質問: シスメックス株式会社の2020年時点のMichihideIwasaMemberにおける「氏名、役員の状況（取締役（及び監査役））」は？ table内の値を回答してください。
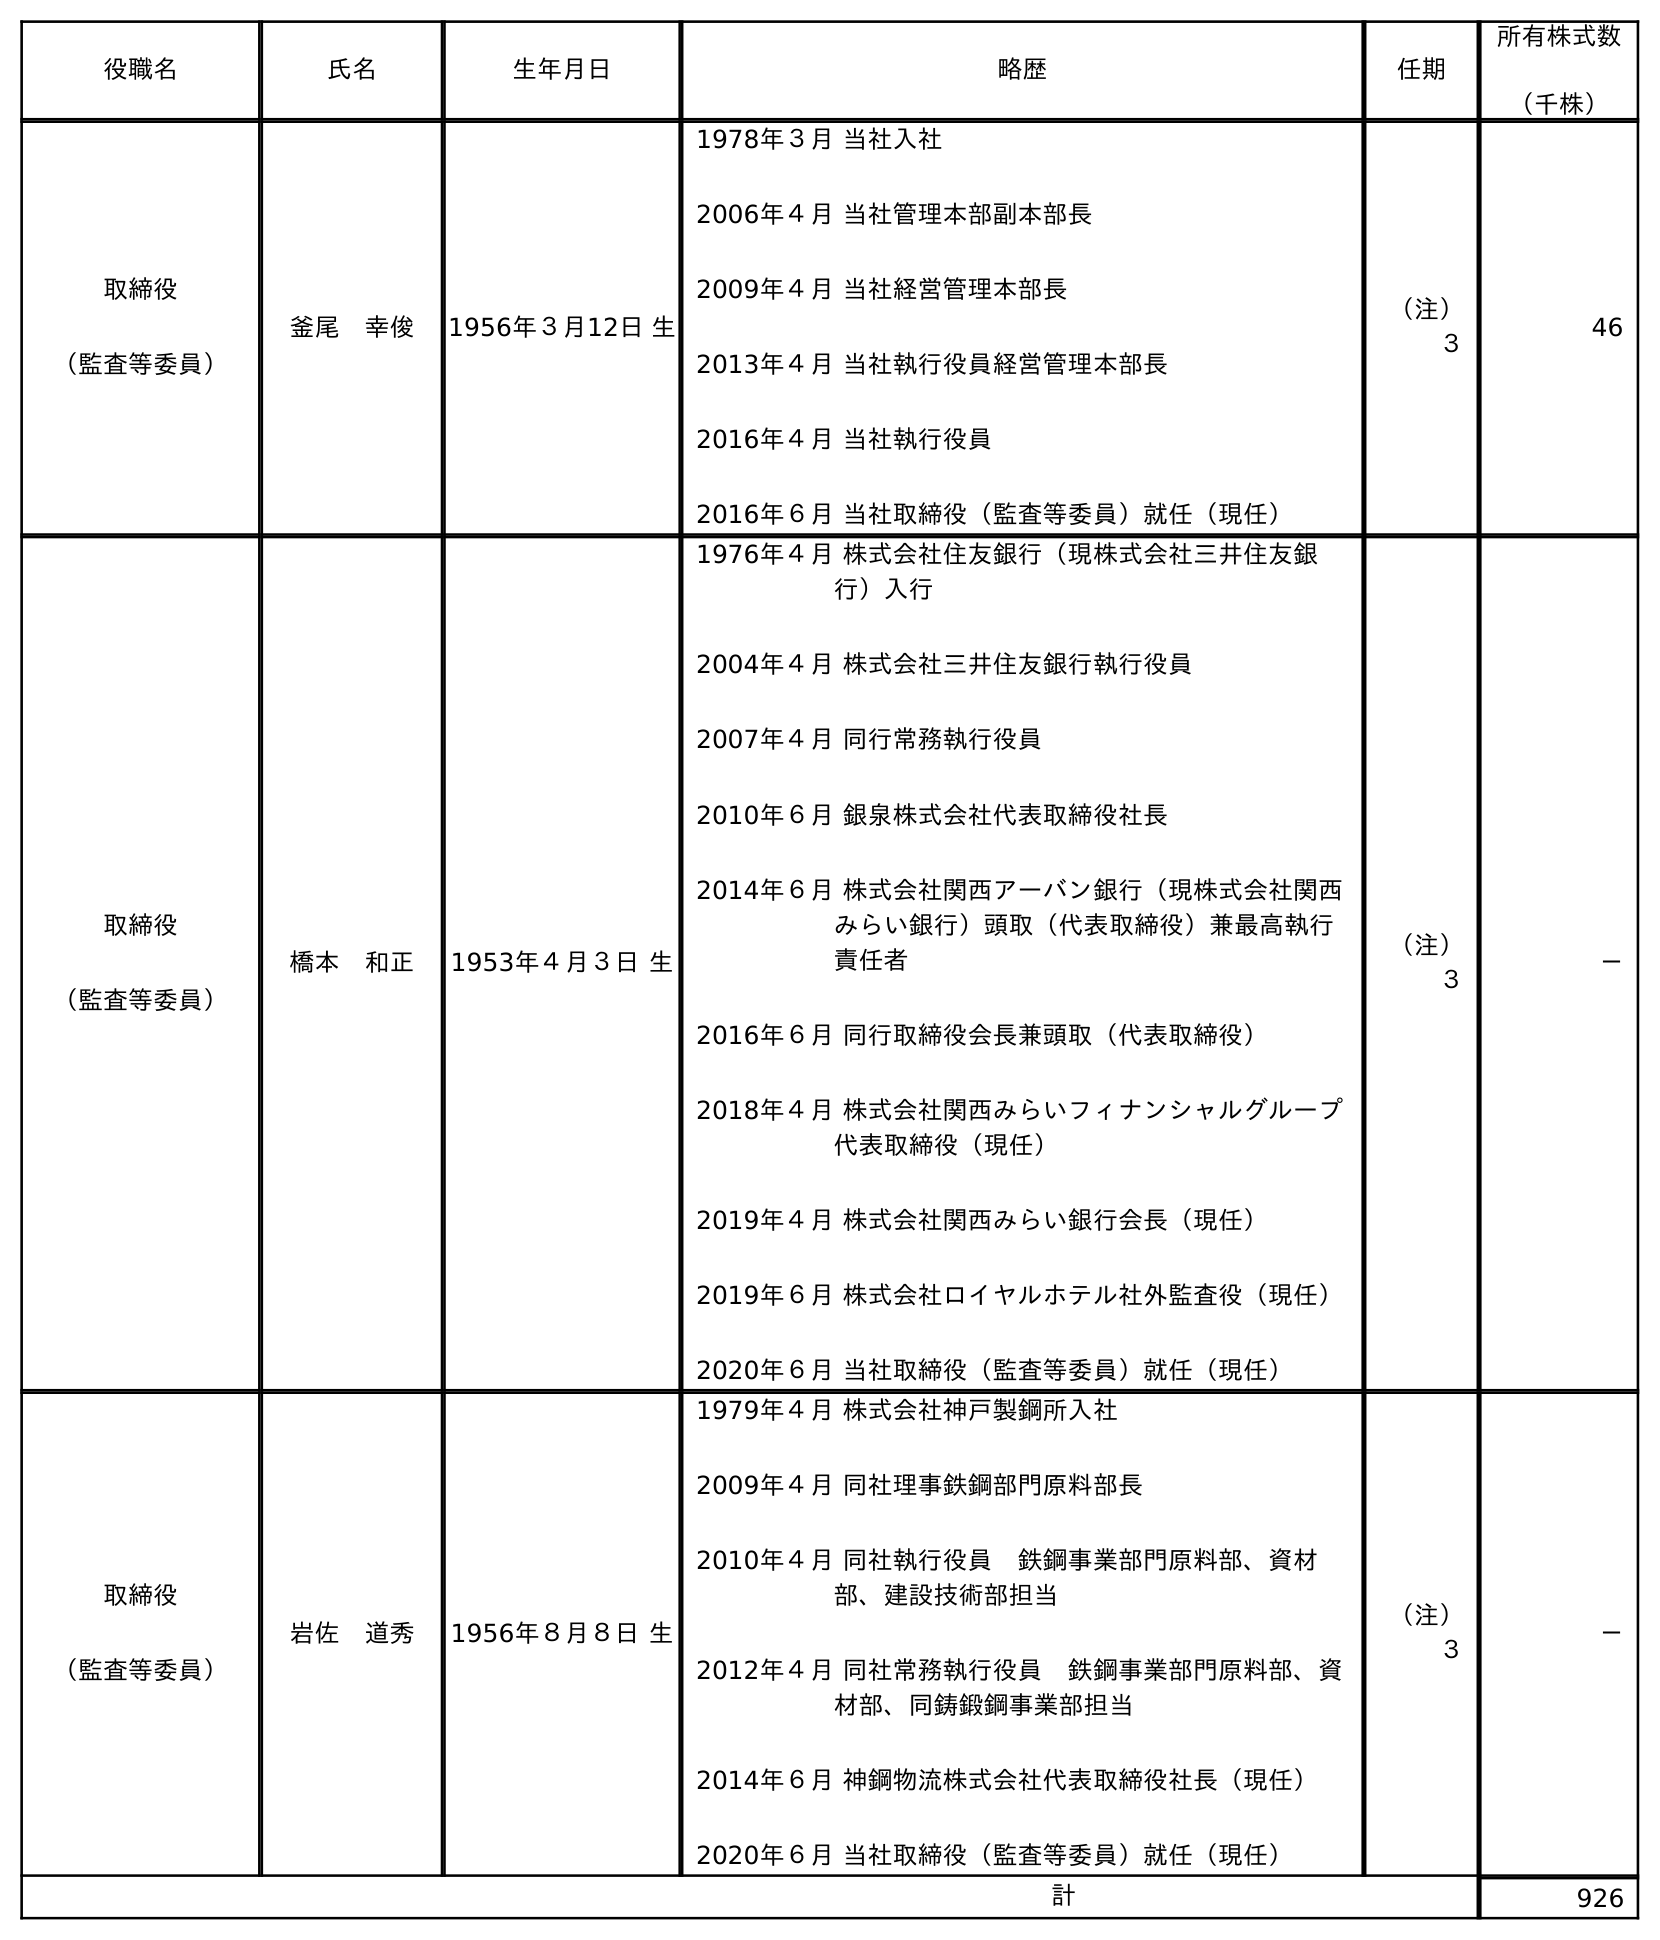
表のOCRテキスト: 役職名 氏名 生年月日 略歴 任期 所有株式数 （千株） 取締役 （監査等委員） 釜尾 幸俊 1956年３月12日 生 1978年３月 当社入社 2006年４月 当社管理本部副本部長 2009年４月 当社経営管理本部長 2013年４月 当社執行役員経営管理本部長 2016年４月 当社執行役員 2016年６月 当社取締役（監査等委員）就任（現任） （注） ３ 46 取締役 （監査等委員） 橋本 和正 1953年４月３日 生 1976年４月 株式会社住友銀行（現株式会社三井住友銀 行）入行 2004年４月 株式会社三井住友銀行執行役員 2007年４月 同行常務執行役員 2010年６月 銀泉株式会社代表取締役社長 2014年６月 株式会社関西アーバン銀行（現株式会社関西 みらい銀行）頭取（代表取締役）兼最高執行 責任者 2016年６月 同行取締役会長兼頭取（代表取締役） 2018年４月 株式会社関西みらいフィナンシャルグループ 代表取締役（現任） 2019年４月 株式会社関西みらい銀行会長（現任） 2019年６月 株式会社ロイヤルホテル社外監査役（現任） 2020年６月 当社取締役（監査等委員）就任（現任） （注） ３ － 取締役 （監査等委員） 岩佐 道秀 1956年８月８日 生 1979年４月 株式会社神戶製鋼所入社 2009年４月 同社理事鉄鋼部門原料部長 2010年４月 同社執行役員 鉄鋼事業部門原料部、資材 部、建設技術部担当 2012年４月 同社常務執行役員 鉄鋼事業部門原料部、資 材部、同鋳鍛鋼事業部担当 2014年６月 神鋼物流株式会社代表取締役社長（現任） 2020年６月 当社取締役（監査等委員）就任（現任） （注） ３ － 計 926
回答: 岩佐　道秀